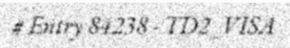
# Entry 84238 - TD2_VISA